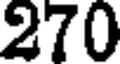
270